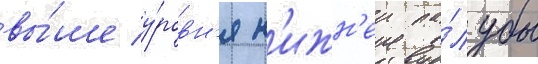
вы́ше у́ровн'я н'ижн'еи па́лубы